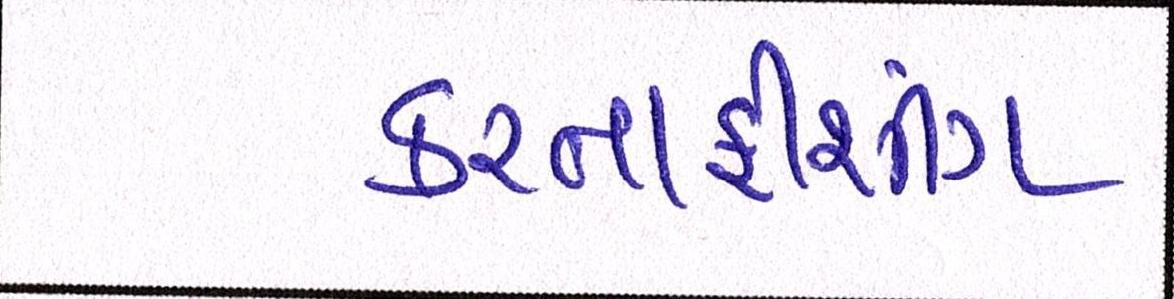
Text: કરતાફીશીંગ